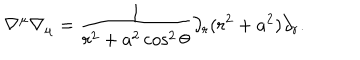
LaTeX: \nabla ^ { \mu } \nabla _ { \mu } = \frac 1 { r ^ { 2 } + a ^ { 2 } \cos ^ { 2 } \theta } \partial _ { r } ( r ^ { 2 } + a ^ { 2 } ) \partial _ { r } .